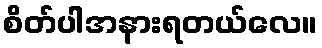
စိတ်ပါအနားရတယ်လေ။